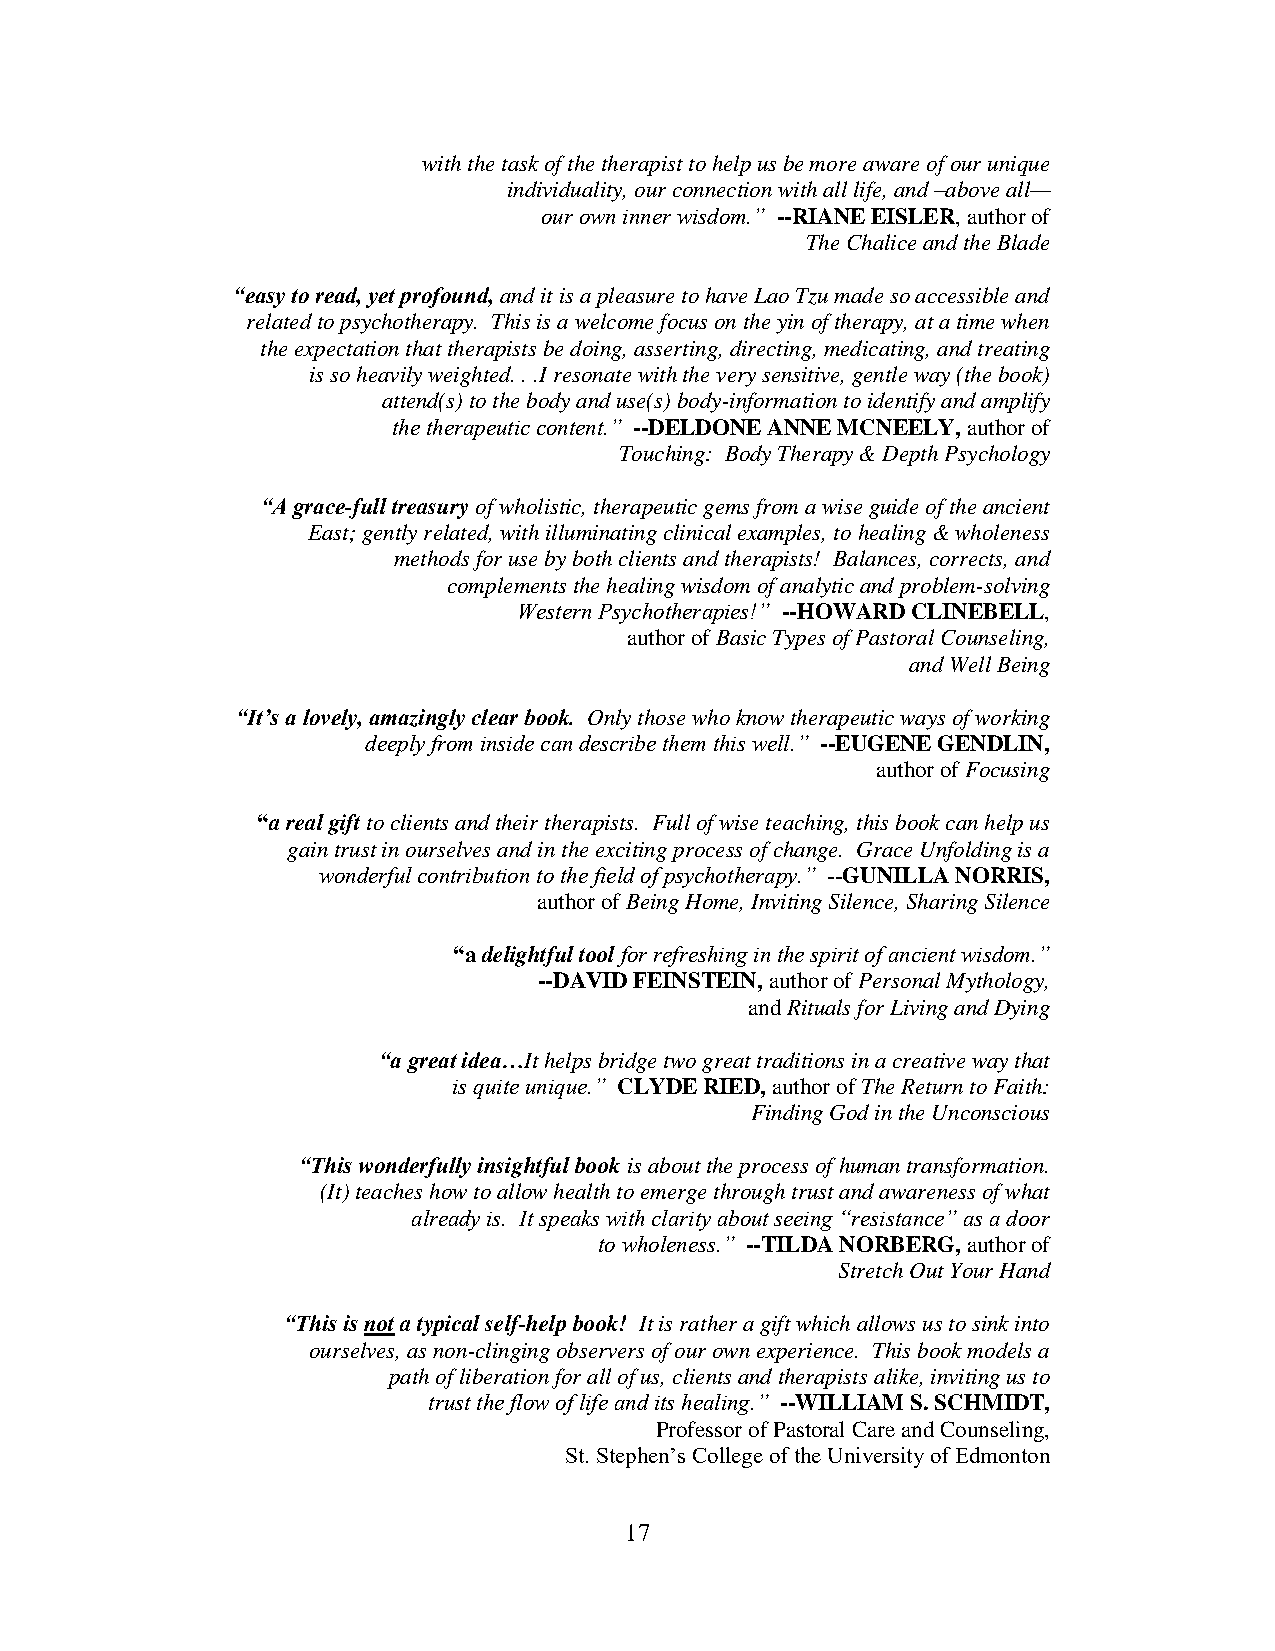
with the task of the therapist to help us be more aware of our unique
 individuality, our connection with all life, and –above all—
 our own inner wisdom.” --RIANE EISLER, author of
 The Chalice and the Blade
 “easy to read, yet profound, and it is a pleasure to have Lao Tzu made so accessible and
 related to psychotherapy. This is a welcome focus on the yin of therapy, at a time when
 the expectation that therapists be doing, asserting, directing, medicating, and treating
 is so heavily weighted. . .I resonate with the very sensitive, gentle way (the book)
 attend(s) to the body and use(s) body-information to identify and amplify
 the therapeutic content.” --DELDONE ANNE MCNEELY, author of
 Touching: Body Therapy & Depth Psychology
 “A grace-full treasury of wholistic, therapeutic gems from a wise guide of the ancient
 East; gently related, with illuminating clinical examples, to healing & wholeness
 methods for use by both clients and therapists! Balances, corrects, and
 complements the healing wisdom of analytic and problem-solving
 Western Psychotherapies!” --HOWARD CLINEBELL,
 author of Basic Types of Pastoral Counseling,
 and Well Being
 “It’s a lovely, amazingly clear book. Only those who know therapeutic ways of working
 deeply from inside can describe them this well.” --EUGENE GENDLIN,
 author of Focusing
 “a real gift to clients and their therapists. Full of wise teaching, this book can help us
 gain trust in ourselves and in the exciting process of change. Grace Unfolding is a
 wonderful contribution to the field of psychotherapy.” --GUNILLA NORRIS,
 author of Being Home, Inviting Silence, Sharing Silence
 “a delightful tool for refreshing in the spirit of ancient wisdom.”
 --DAVID FEINSTEIN, author of Personal Mythology,
 and Rituals for Living and Dying
 “a great idea…It helps bridge two great traditions in a creative way that
 is quite unique.” CLYDE RIED, author of The Return to Faith:
 Finding God in the Unconscious
 “This wonderfully insightful book is about the process of human transformation.
 (It) teaches how to allow health to emerge through trust and awareness of what
 already is. It speaks with clarity about seeing “resistance” as a door
 to wholeness.” --TILDA NORBERG, author of
 Stretch Out Your Hand
 “This is not a typical self-help book! It is rather a gift which allows us to sink into
 ourselves, as non-clinging observers of our own experience. This book models a
 path of liberation for all of us, clients and therapists alike, inviting us to
 trust the flow of life and its healing.” --WILLIAM S. SCHMIDT,
 Professor of Pastoral Care and Counseling,
 St. Stephen’s College of the University of Edmonton
 17